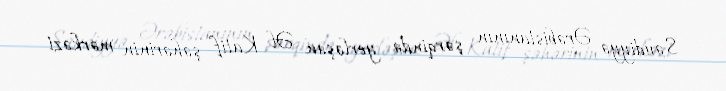
Səudiyyə Ərəbistanının şərqində yerləşən Əl Katif şəhərinin mərkəzi